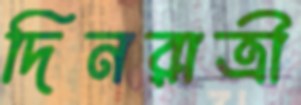
দিনরাত্রী